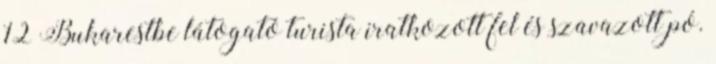
12 Bukarestbe látogató turista iratkozott fel és szavazott pó.